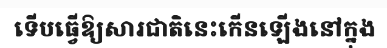
ទើបធ្វើឱ្យសារជាតិនេះកើនឡើងនៅក្នុង